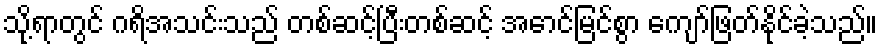
သို့ရာတွင် ဂရိအသင်းသည် တစ်ဆင့်ပြီးတစ်ဆင့် အောင်မြင်စွာ ကျော်ဖြတ်နိုင်ခဲ့သည်။